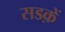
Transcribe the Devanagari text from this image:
सडक़ें